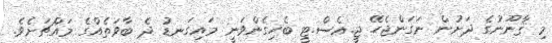
މި ޤާނޫނުގެ ދަށުން ނަގަންޖެހޭ ޖީ.އެސް.ޓީ ބެހިގެންވަނީ މައިގަނޑު ދެ ބާވަތެއްގެ މައްޗަށެވެ.